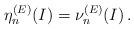
LaTeX: \begin{align*}\eta_n^{(E)}(I) = \nu_n^{(E)}(I) \, .\end{align*}